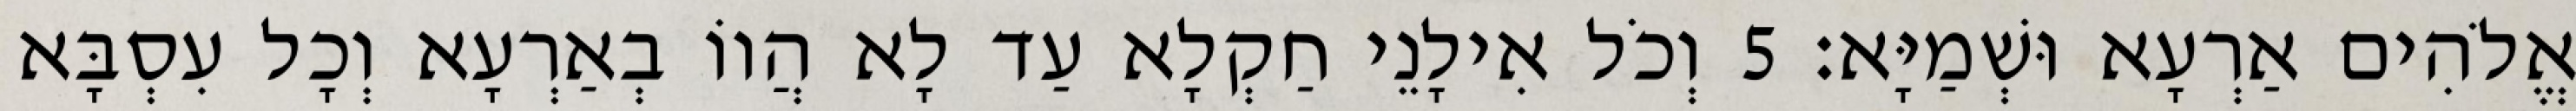
אֱלֹהִים אַרְעָא וּשְׁמַיָּא׃ 5 וְכֹל אִילָנֵי חַקְלָא עַד לָא הֲווֹ בְאַרְעָא וְכָל עִסְבָּא